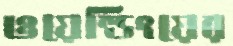
ওয়েল্ডিংয়ের